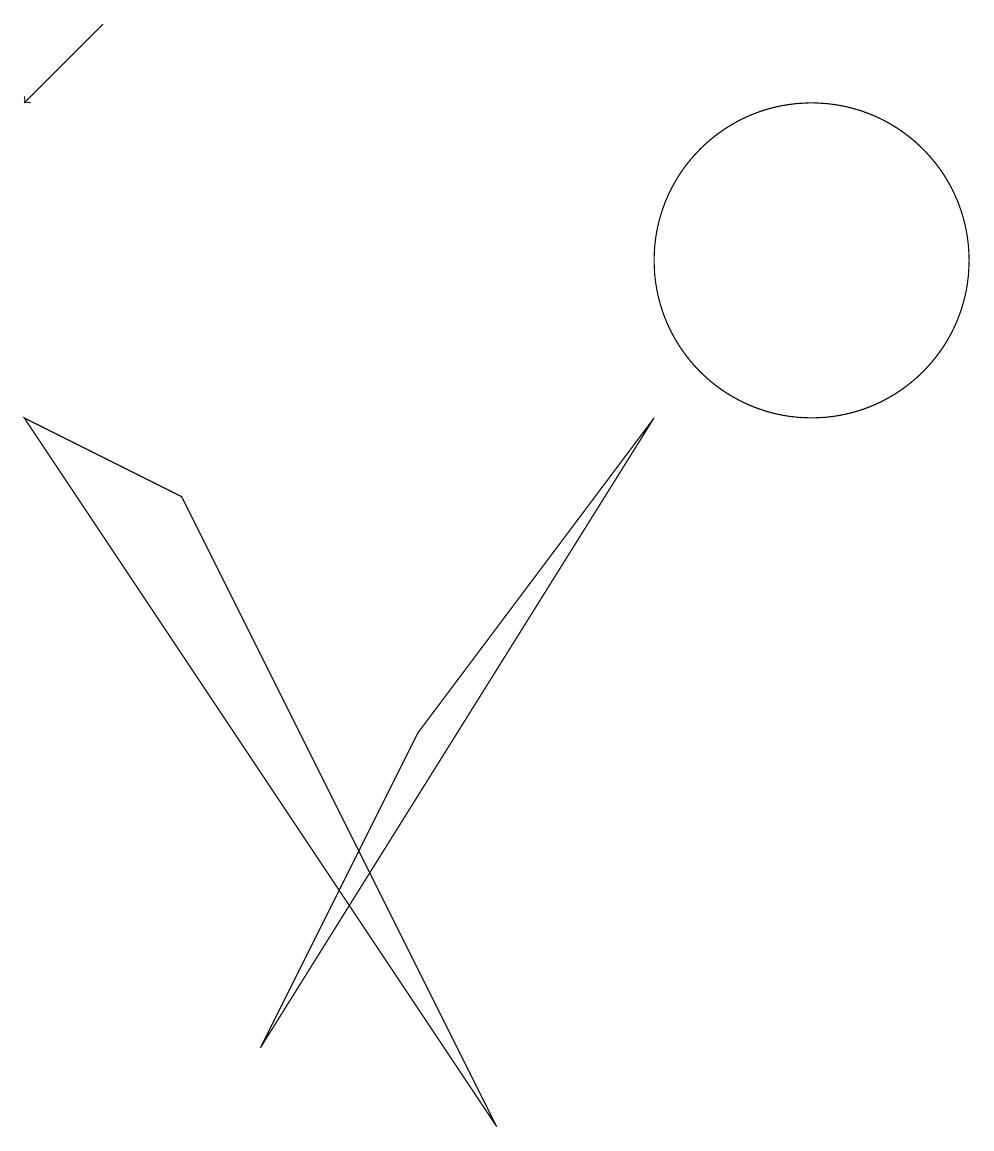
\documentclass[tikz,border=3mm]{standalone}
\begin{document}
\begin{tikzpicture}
\draw (11,11) circle (2);
\draw[->] (2,14) -- (1,13);
\draw (9,9) -- (6,5) -- (4,1) -- cycle;
\draw (1,9) -- (3,8) -- (7,0) -- cycle;
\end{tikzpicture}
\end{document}